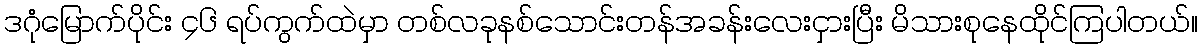
ဒဂုံမြောက်ပိုင်း ၄၆ ရပ်ကွက်ထဲမှာ တစ်လခုနစ်သောင်းတန်အခန်းလေးငှားပြီး မိသားစုနေထိုင်ကြပါတယ်။